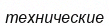
технические